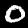
Label: 0